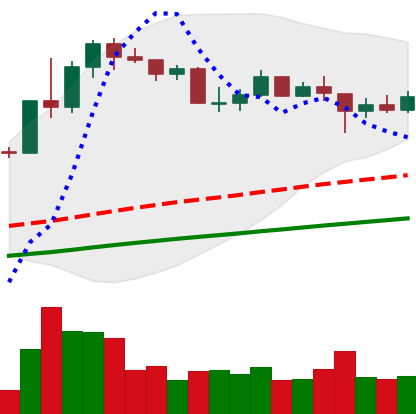
Ticker: LINK-USD
Chart end date: 2020-07-30
Forward return: 32.423%
Label: up_7plus